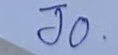
Jo.